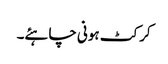
کرکٹ ہونی چاہئے۔